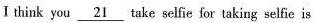
Ⅰ think you \underline {21} take selfie for taking selfie is